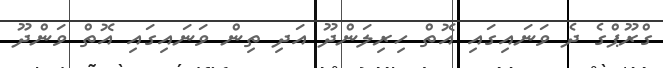
ގްރޫޕްގެ ދެ ވަނައިގައި އޮތް ހިރިލަންދޫ އަދި ތިން ވަނައިގައި އޮތް ވަންދޫ